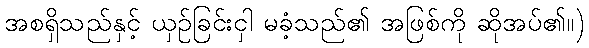
အစရှိသည်နှင့် ယှဉ်ခြင်းငှါ မခံ့သည်၏ အဖြစ်ကို ဆိုအပ်၏။)